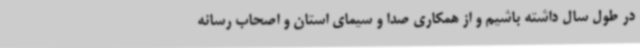
در طول سال داشته باشیم و از همکاری صدا و سیمای استان و اصحاب رسانه